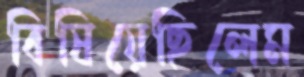
বিষিয়েছিলেম